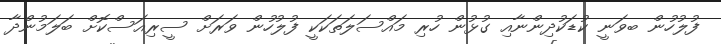
ފުލުހުން ބވަނީ ކުޑަކުދިންނާއި ގުޅުން ހުރި މައްސަލަތަކަކީ ފުލުހުން ވަރަށް ސީރިއަސްކޮށް ބަލަމުންދާ